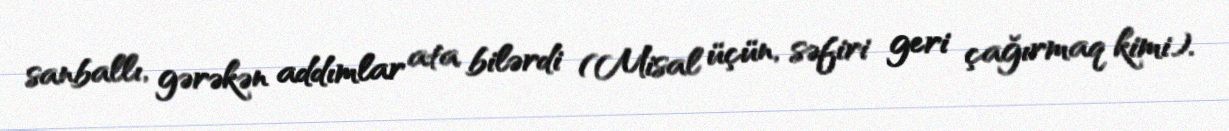
sanballı, gərəkən addımlar ata bilərdi (Misal üçün, səfiri geri çağırmaq kimi).